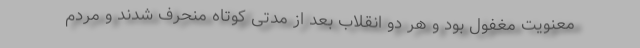
معنویت مغفول بود و هر دو انقلاب بعد از مدتی کوتاه منحرف شدند و مردم